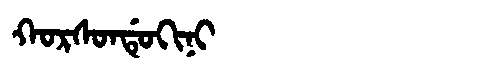
Manchu: ᡴᠣᡵᠰᠣᠨᡩᡠᡴᡳᠨᡳ
Romanization: KORSONDUKINI